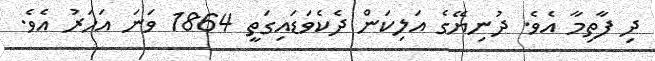
ދި ފާތިމާ އެވެ. ދުނިޔޭގެ އަލިކަން ދެކެވަޑައިގަތީ 1864 ވަނަ އަހަރު އެވެ.